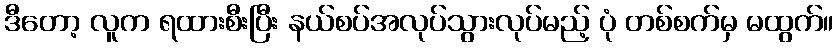
ဒီတော့ လူက ရထားစီးပြီး နယ်စပ်အလုပ်သွားလုပ်မည့် ပုံ တစ်စက်မှ မထွက်။